Vaccination in the Punjab 1897-1904 - 1897-1904
Year: 1897
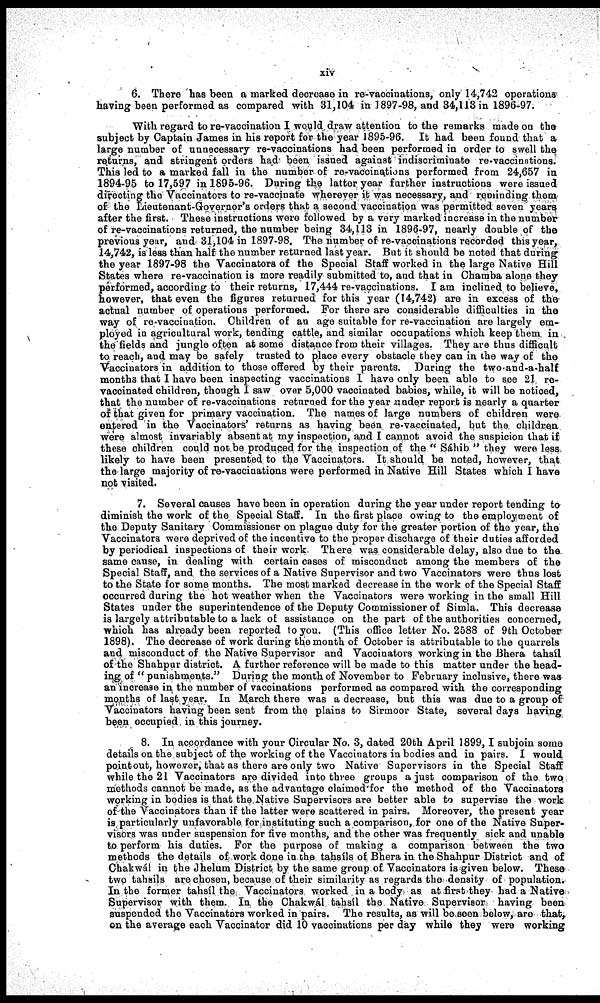
xiv
6. There has been a marked decrease in re-vaccinations, only 14,742 operations
having been performed as compared with 31,104 in 1897-98, and 34,113 in 1896-97.
With regard to re-vaccination I would draw attention to the remarks made on the
subject by Captain James in his report for the year 1895-96. It had been found that a
large number of unnecessary re-vaccinations had been performed in order to swell the
returns, and stringent orders had been issued against indiscriminate re-vaccinations.
This led to a marked fall in the number of re-vaccinations performed from 24,657 in
1894-95 to 17,597 in 1895-96. During the latter year further instructions were issued
directing the Vaccinators to re-vaccinate wherever it was necessary, and reminding them
of the Lieutenant-Governor's orders that a second vaccination was permitted seven years
after the first. These instructions were followed by a very marked increase in the number
of re-vaccinations returned, the number being 34,113 in 1896-97, nearly double of the
previous year, and 31,104 in 1897-98. The number of re-vaccinations recorded this year,
14,742, is less than half the number returned last year. But it should be noted that during
the year 1897-98 the Vaccinators of the Special Staff worked in the large Native Hill
States where re-vaccination is more readily submitted to, and that in Chamba alone they
performed, according to their returns, 17,444 re-vaccinations. I am inclined to believe,
however, that even the figures returned for this year (14,742) are in excess of the
actual number of operations performed. For there are considerable difficulties in the
way of re-vaccination. Children of an age suitable for re-vaccination are largely em-
ployed in agricultural work, tending cattle, and similar occupations which keep them in
the fields and jungle often at some distance from their villages. They are thus difficult
to reach, and may be safely trusted to place every obstacle they can in the way of the
Vaccinators in addition to those offered by their parents. During the two and-a-half
months that I have been inspecting vaccinations I have only been able to see 21, re¬
vaccinated children, though I saw over 5,000 vaccinated babies, while, it will be noticed,
that the number of re-vaccinations returned for the year under report is nearly a quarter
of that given for primary vaccination. The names of large numbers of children were
entered in the Vaccinators' returns as having been re-vaccinated, but the children
were almost invariably absent at my inspection, and I cannot avoid the suspicion that if
these children could not be produced for the inspection of the " Sáhib " they were less
likely to have been presented to the Vaccinators. It should be noted, however, that
the large majority of re-vaccinations were performed in Native Hill States which I have
not visited.
7. Several causes have been in operation during the year under report tending to
diminish the work of the Special Staff. In the first place owing to the employment of
the Deputy Sanitary Commissioner on plague duty for the greater portion of the year, the
Vaccinators were deprived of the incentive to the proper discharge of their duties afforded
by periodical inspections of their work. There was considerable delay, also due to the-
same cause, in dealing with certain cases of misconduct among the members of the
Special Staff, and the services of a Native Supervisor and two Vaccinators were thus lost
to the State for some months. The most marked decrease in the work of the Special Staff
occurred during the hot weather when the Vaccinators were working in the small Hill
States under the superintendence of the Deputy Commissioner of Simla. This decrease
is largely attributable to a lack of assistance on the part of the authorities concerned,
which has already been reported to you. (This office letter No. 2588 of 9th October
1898). The decrease of work during the month of October is attributable to the quarrels
and misconduct of the Native Supervisor and Vaccinators working in the Bhera tahsíl
of the Shahpur district. A further reference will be made to this matter under the head-
ing, of " punishments." During the month of November to February inclusive, there was
an increase in, the number of vaccinations performed as compared with the corresponding
months of last. year. In March there was a decrease, but this was due to a group of'
Vaccinators having been sent from the plains to Sirmoor State, several days haying
been occupied in this journey.
8. In accordance with your Circular No. 3, dated 20th April 1899, I subjoin some
details on the subject of the working of the Vaccinators in bodies and in pairs. I would
point out, however, that as there are only two Native Supervisors in the Special Staff
while the 21 Vaccinators are divided into three groups a just comparison of the two
methods cannot be made, as the advantage claimed for the method of the Vaccinators
working in bodies is that the,Native Supervisors are better able to supervise the work
of-the Vaccinators than if the latter were scattered in pairs. Moreover, the present year
is, particularly unfavorable for instituting such a comparison, for one of the Native Super-
visors was under suspension for five months, and the other was frequently sick and unable
to perform his duties. For the purpose of making a comparison between the two
methods the details of work done in the tahsíls of Bhera in the Shahpur District and of
Chakwál in the Jhelum District, by the same group of Vaccinators is given below. These
two tahsils are chosen, because of their similarity as regards the density of population.
In the former tahsíl the, Vaccinators worked in a body as at first they had a Native
Supervisor with them. In the Chakwál tahsíl the Native Supervisor having been
suspended the Vaccinators worked in pairs. The results, as will be seen below, are that,
on the average each Vaccinator did 10 vaccinations per day while they were working